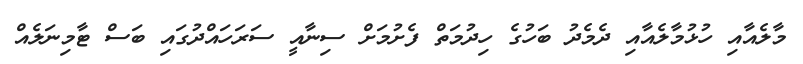
މާލެއާއި ހުޅުމާލެއާއި ދެމެދު ބަހުގެ ހިދުމަތް ފެށުމަށް ސިނާއީ ސަރަހައްދުގައި ބަސް ޓާމިނަލެއް